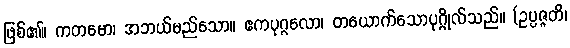
ဖြစ်၏။ ကတမော၊ အဘယ်မည်သော။ ဧကပုဂ္ဂလော၊ တယောက်သောပုဂ္ဂိုလ်သည်။ (ဥပ္ပဇ္ဇတိ၊